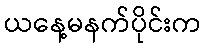
ယနေ့မနက်ပိုင်းက